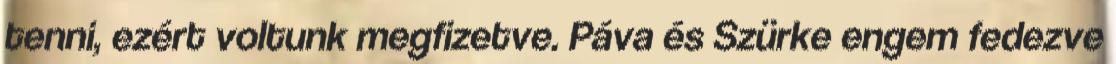
tenni, ezért voltunk megfizetve. Páva és Szürke engem fedezve